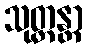
သုတ္တန္တာ